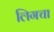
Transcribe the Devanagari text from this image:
लिगचा